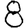
Digit: 8